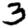
Digit: 3